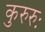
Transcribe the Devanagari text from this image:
कुरुरुः